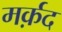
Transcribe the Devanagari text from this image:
मर्क़द